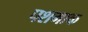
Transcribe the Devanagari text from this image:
पशमाक